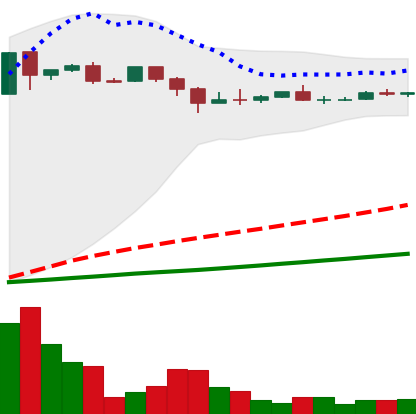
Ticker: DOGE-USD
Chart end date: 2018-09-29
Forward return: -3.751%
Label: down_3_5